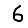
Digit: 6